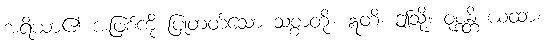
အရိယာ၏ အဖြစ်ကို ပြုတတ်သော သစ္စာတို့။ ဣတိ၊ ဤသို့။ ဝုစ္စန္တိ ယထာ၊